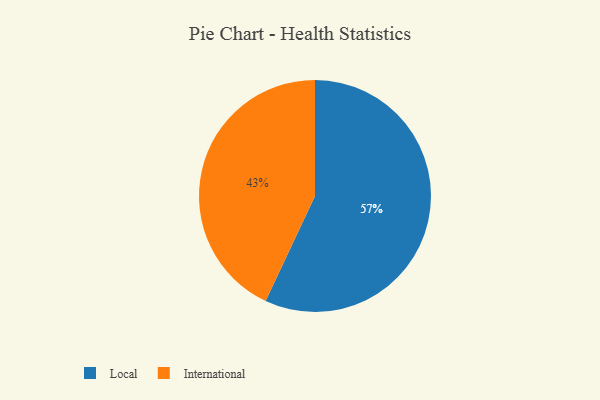
{"axis": {"x": "Category", "y": "Percentage"}, "legend": ["International", "Local"], "data": [{"x": "International", "y": 43, "type": "International"}, {"x": "Local", "y": 57, "type": "Local"}]}